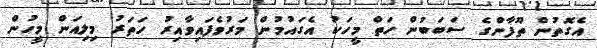
އެގޮތުން ތޫފާންގެ ސަބަބުން ހަތް މީހަކު އެގައުމުން މަރުވެފައިވާއިރު ހަތަރު މިލިއަން މީހުން